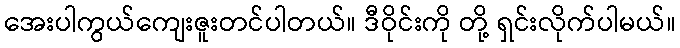
အေးပါကွယ်ကျေးဇူးတင်ပါတယ်။ ဒီဝိုင်းကို တို့ ရှင်းလိုက်ပါမယ်။